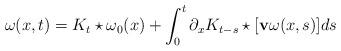
LaTeX: \begin{align*}\omega(x,t)=K_t\star\omega_0(x)+\int_0^t\partial_x K_{t-s}\star[\mathbf{v} \omega(x,s)]ds\end{align*}